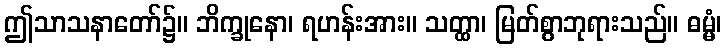
ဤသာသနာတော်၌။ ဘိက္ခုနော၊ ရဟန်းအား။ သတ္ထာ၊ မြတ်စွာဘုရားသည်။ ဓမ္မံ၊